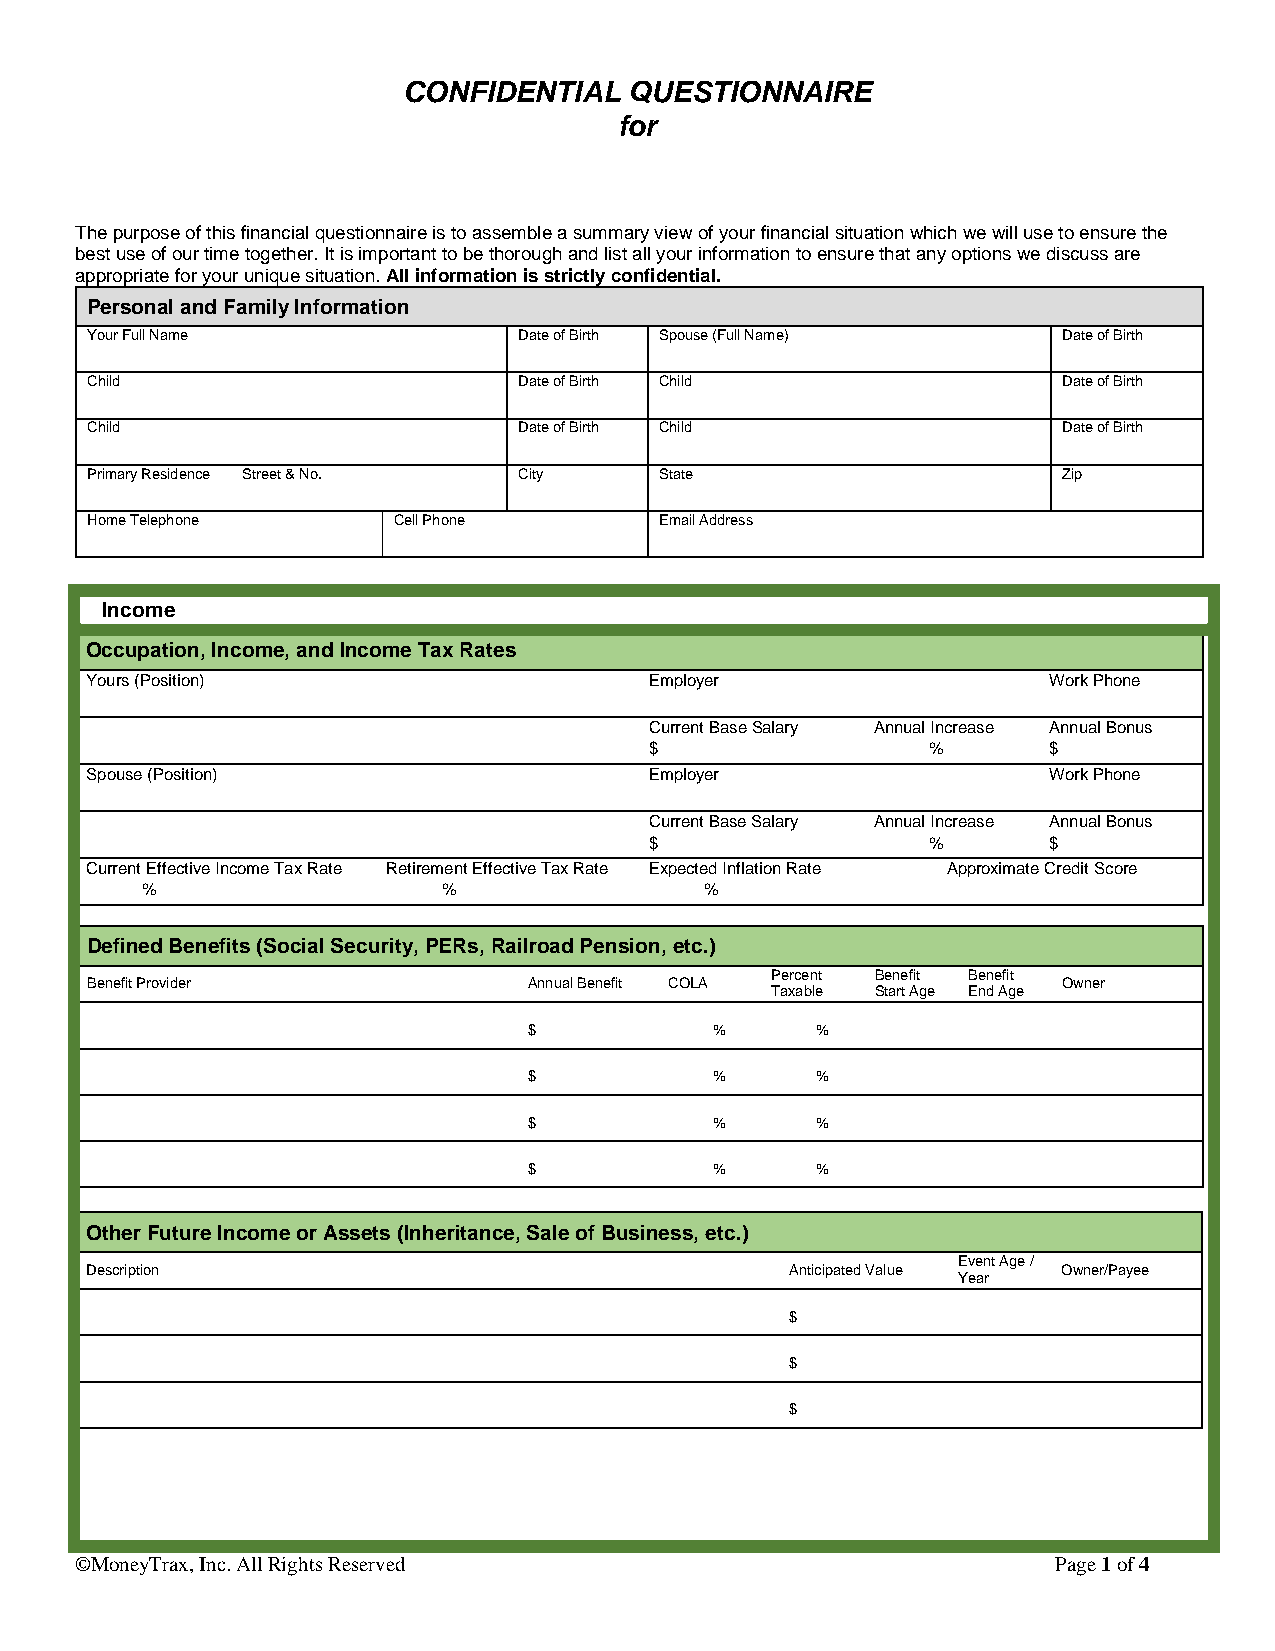
CONFIDENTIAL   QUESTIONNAIRE
 for
 The purpose of this financial questionnaire is to assemble a summary view of your financial situation which we will use to ensure the
 best use of our time together. It is important to be thorough and list all your information to ensure that any options we discuss are
 appropriate for your unique situation. All information is strictly confidential.
 Personal and Family Information
 Your Full Name              Date of Birth Spouse (Full Name)    Date of Birth
 Child                       Date of Birth Child                 Date of Birth
 Child                       Date of Birth Child                 Date of Birth
 Primary Residence Street & No. City   State                     Zip
 Home Telephone      Cell Phone        Email Address
 Income
 Occupation, Income, and Income Tax Rates
 Yours (Position)                     Employer                  Work Phone
 Current Base Salary Annual Increase Annual Bonus
 $                  %      $
 Spouse (Position)                    Employer                  Work Phone
 Current Base Salary Annual Increase Annual Bonus
 $                  %      $
 Current Effective Income Tax Rate Retirement Effective Tax Rate Expected Inflation Rate Approximate Credit Score
 %                   %                 %
 Defined Benefits (Social Security, PERs, Railroad Pension, etc.)
 Percent Benefit Benefit
 Benefit Provider             Annual Benefit COLA                Owner
 Taxable Start Age End Age
 $           %      %
 $           %      %
 $           %      %
 $           %      %
 Other Future Income or Assets (Inheritance, Sale of Business, etc.)
 Event Age /
 Description                                   Anticipated Value Owner/Payee
 Year
 $
 $
 $
 ©MoneyTrax, Inc. All Rights Reserved                             Page 1 of 4